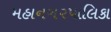
મહાનગ૨પાલિકા